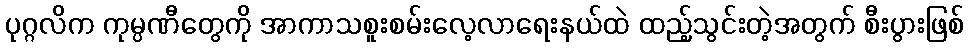
ပုဂ္ဂလိက ကုမ္ပဏီတွေကို အာကာသစူးစမ်းလေ့လာရေးနယ်ထဲ ထည့်သွင်းတဲ့အတွက် စီးပွားဖြစ်